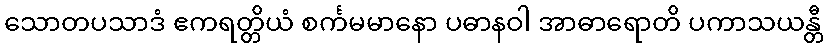
သောတပသာဒံ ဧကရတ္တိယံ စင်္ကမမာနော ပဓာနဝါ အာဓာရောတိ ပကာသယန္တီ